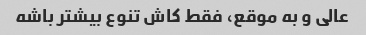
عالی و به موقع، فقط کاش تنوع بیشتر باشه